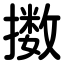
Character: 擞